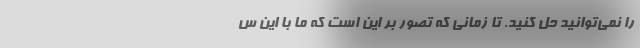
را نمی‌توانید حل کنید. تا زمانی که تصور بر این است که ما با این س